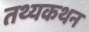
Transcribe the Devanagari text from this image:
तथ्यकथन